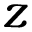
z